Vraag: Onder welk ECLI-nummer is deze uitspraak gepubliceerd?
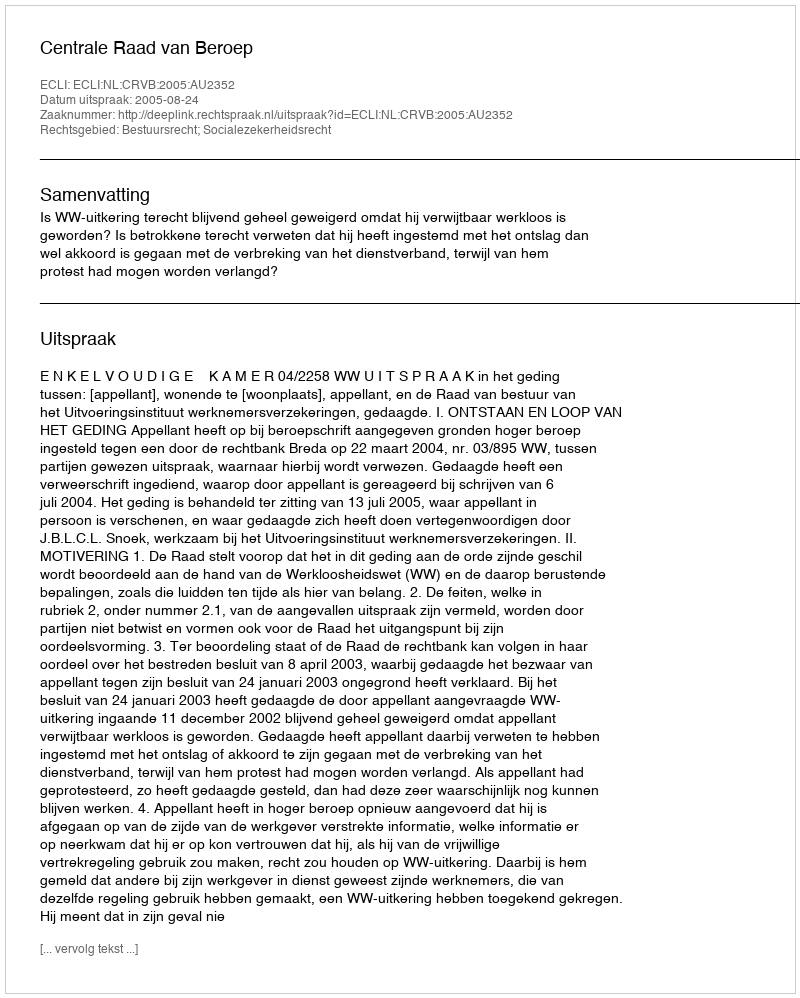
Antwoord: ECLI:NL:CRVB:2005:AU2352